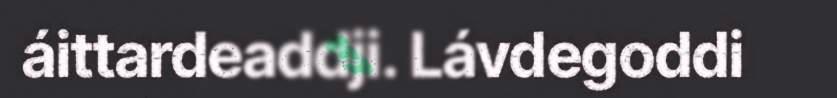
áittardeaddji. Lávdegoddi